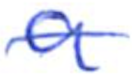
Text: a
Cross-out: single-line
Writing tool: ballpoint